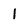
Character: 1